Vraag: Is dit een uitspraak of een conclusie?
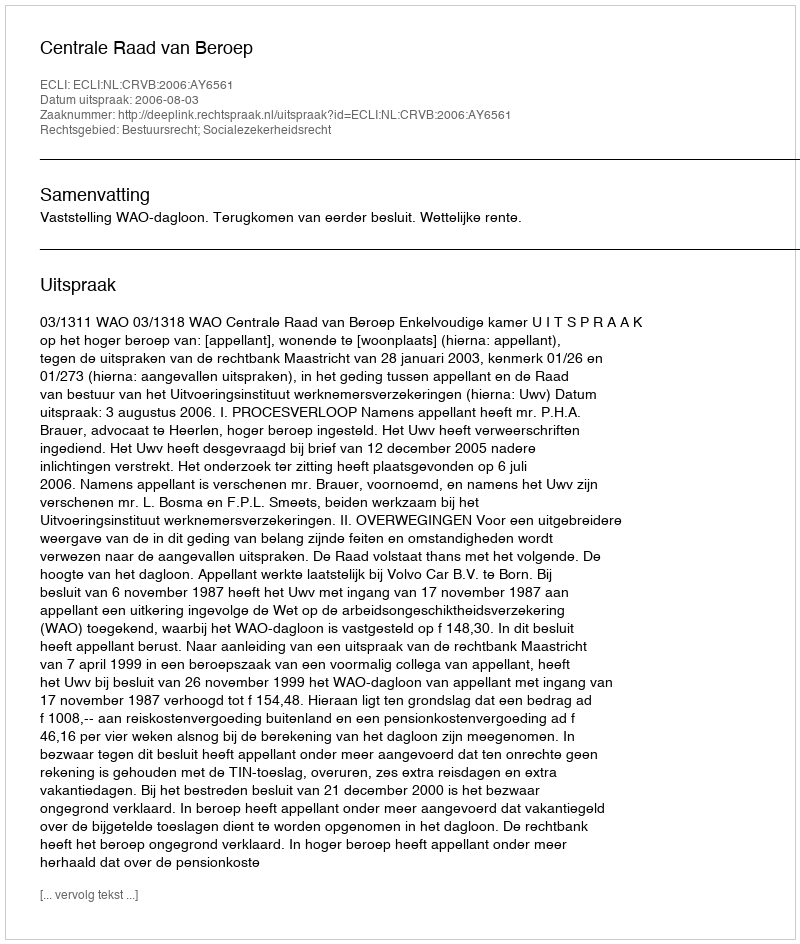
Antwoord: Uitspraak